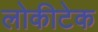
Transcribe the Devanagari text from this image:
लोकीटेक